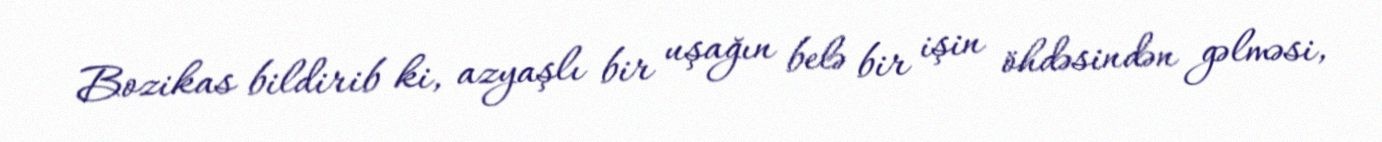
Bozikas bildirib ki, azyaşlı bir uşağın belə bir işin öhdəsindən gəlməsi,